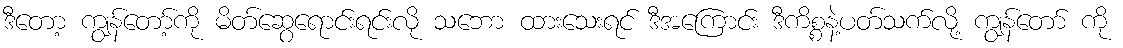
ဒီတော့ ကျွန်တော့်ကို မိတ်ဆွေရောင်းရင်းလို သဘော ထားသေးရင် ဒီအကြောင်း ဒီကိစ္စနဲ့ပတ်သက်လို့ ကျွန်တော် ကို